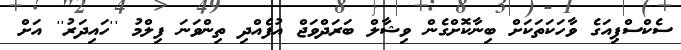
ސެކްސްޕިއަގެ ވާހަކަތަކަށް ބިނާކޮށްގެން ވިޝާލް ބަރަދްވަޖް އުފެއްދި ތިންވަނަ ފިލްމު ''ހައިދަރު'' އަަށް